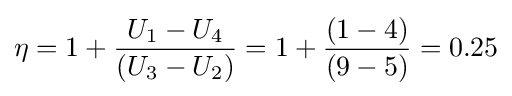
\eta =1+{\frac {U_{1}-U_{4}}{\left(U_{3}-U_{2}\right)}}=1+{\frac {(1-4)}{(9-5)}}=0.25